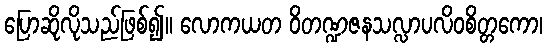
ပြောဆိုလိုသည်ဖြစ်၍။ လောကယတ ဝိတဏ္ဍဇနသလ္လာပလိဝစိတ္တကော၊